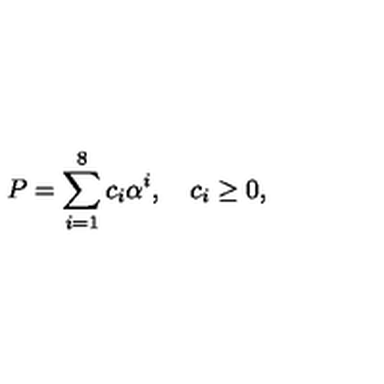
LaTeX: P = \sum _ { i = 1 } ^ { 8 } c _ { i } \alpha ^ { i } , \quad c _ { i } \ge 0 ,